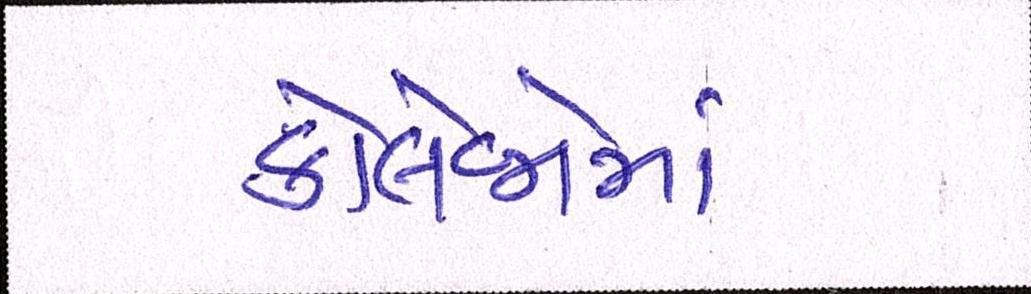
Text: કોલેજોમાં